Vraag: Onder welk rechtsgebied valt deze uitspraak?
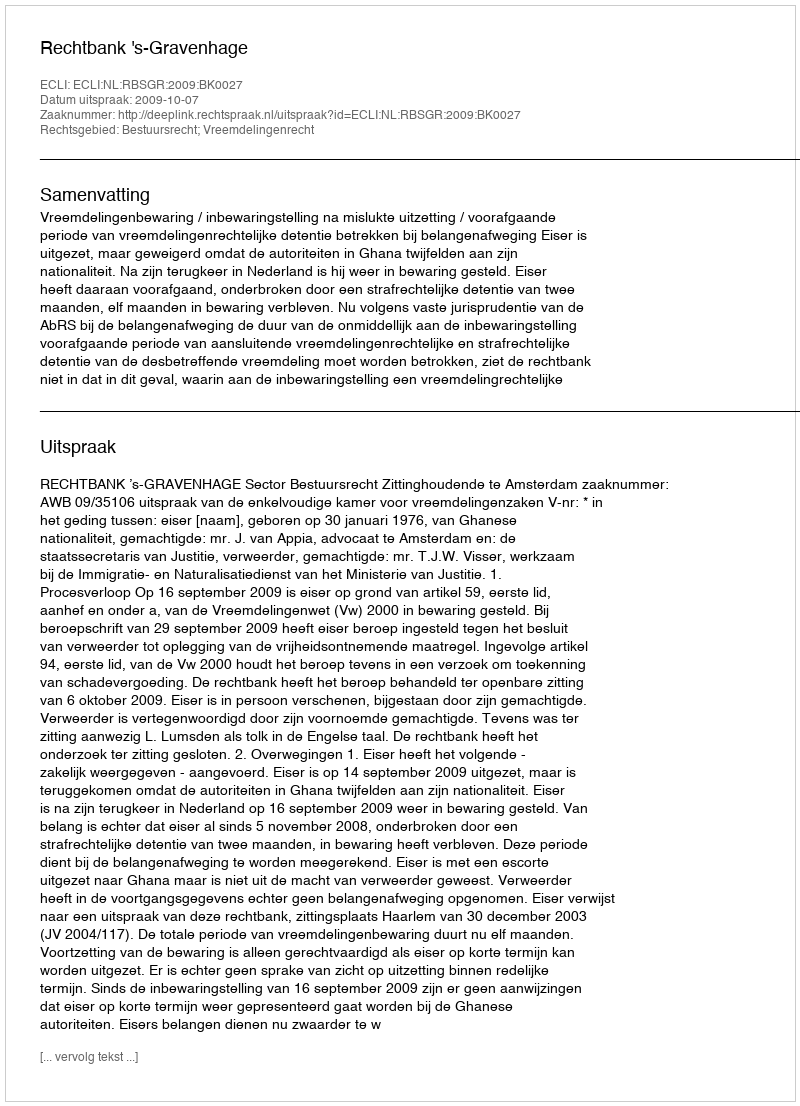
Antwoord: Bestuursrecht; Vreemdelingenrecht